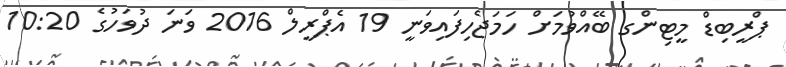
ޕްރީބިޑް މީޓިންގ ބޭއްވުމަށް ހަމަޖެހިފައިވަނީ 19 އެޕްރީލް 2016 ވަނަ ދުވަހުގެ 10:20